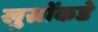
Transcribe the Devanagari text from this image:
खुस्रोंकडे